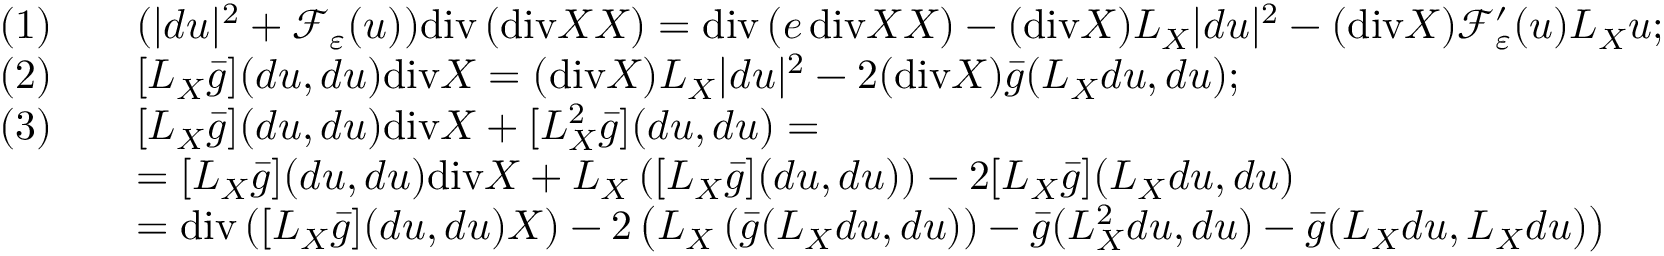
\begin{array} { r l } { ( 1 ) \quad } & { ( | d u | ^ { 2 } + \mathcal { F } _ { \varepsilon } ( u ) ) \mathrm { d i v } \left( \mathrm { d i v } X X \right) = \mathrm { d i v } \left( e \, \mathrm { d i v } X X \right) - ( \mathrm { d i v } X ) L _ { X } | d u | ^ { 2 } - ( \mathrm { d i v } X ) \mathcal { F } _ { \varepsilon } ^ { \prime } ( u ) L _ { X } u ; } \\ { ( 2 ) \quad } & { [ L _ { X } \bar { g } ] ( d u , d u ) \mathrm { d i v } X = ( \mathrm { d i v } X ) L _ { X } | d u | ^ { 2 } - 2 ( \mathrm { d i v } X ) \bar { g } ( L _ { X } d u , d u ) ; } \\ { ( 3 ) \quad } & { [ L _ { X } \bar { g } ] ( d u , d u ) \mathrm { d i v } X + [ L _ { X } ^ { 2 } \bar { g } ] ( d u , d u ) = } \\ & { = [ L _ { X } \bar { g } ] ( d u , d u ) \mathrm { d i v } X + L _ { X } \left( [ L _ { X } \bar { g } ] ( d u , d u ) \right) - 2 [ L _ { X } \bar { g } ] ( L _ { X } d u , d u ) } \\ & { = \mathrm { d i v } \left( [ L _ { X } \bar { g } ] ( d u , d u ) X \right) - 2 \left( L _ { X } \left( \bar { g } ( L _ { X } d u , d u ) \right) - \bar { g } ( L _ { X } ^ { 2 } d u , d u ) - \bar { g } ( L _ { X } d u , L _ { X } d u ) \right) } \end{array}